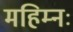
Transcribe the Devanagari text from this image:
महिम्नः